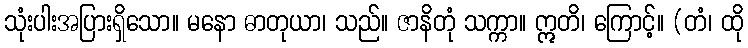
သုံးပါးအပြားရှိသော။ မနော ဓာတုယာ၊ သည်။ ဇာနိတုံ သက္ကာ။ ဣတိ၊ ကြောင့်။ (တံ၊ ထို